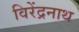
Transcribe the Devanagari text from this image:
विरेंद्रनाथ